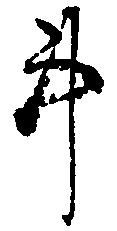
事